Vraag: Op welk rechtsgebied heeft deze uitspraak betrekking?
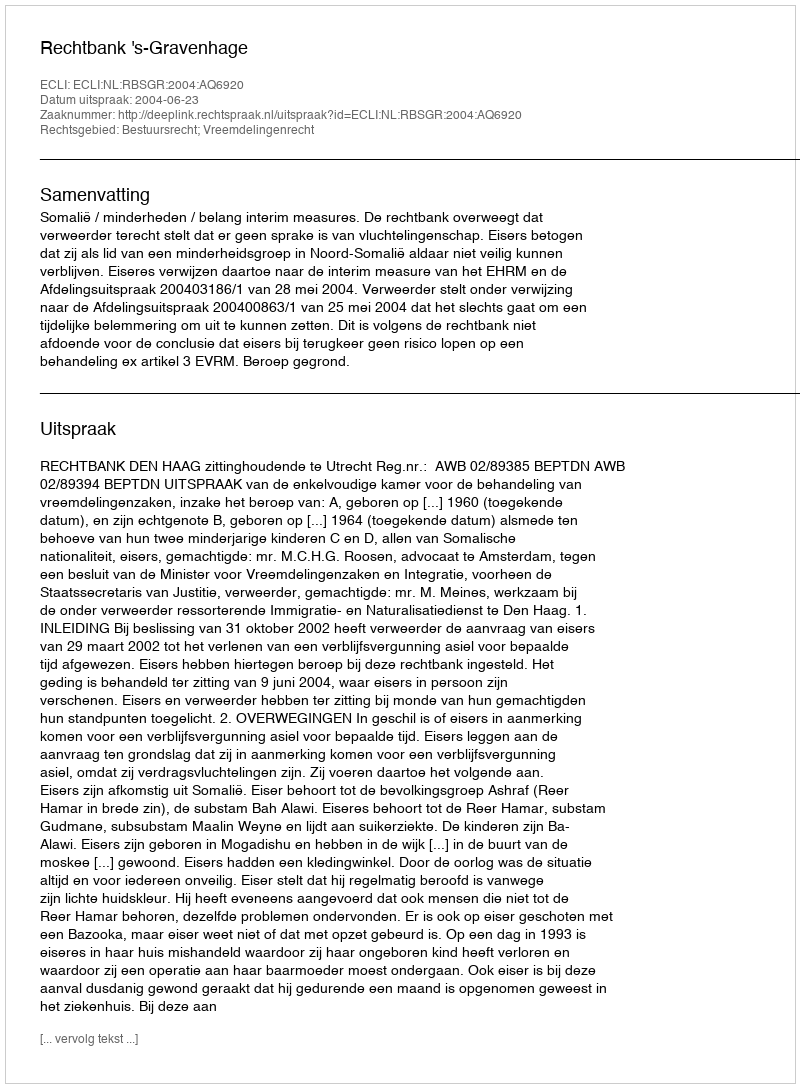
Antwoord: Bestuursrecht; Vreemdelingenrecht